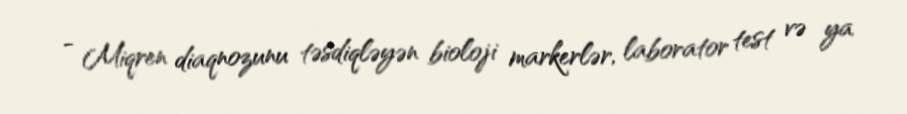
- Miqren diaqnozunu təsdiqləyən bioloji markerlər, laborator test və ya